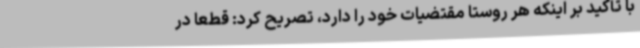
با تأکید بر اینکه هر روستا مقتضیات خود را دارد، تصریح کرد: قطعاً در